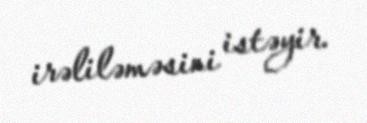
irəliləməsini istəyir.